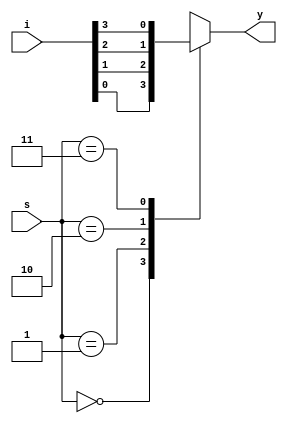
module mux4x1(i,s,y);
  
  input [3:0] i;
  input [1:0] s;
  output reg y;
  
  always@(i,s)
    begin
      case(s)
        2'b00: y = i[0];
        2'b01: y = i[1];
        2'b10: y = i[2];
        2'b11: y = i[3]; 
      endcase
    end  
  
endmodule